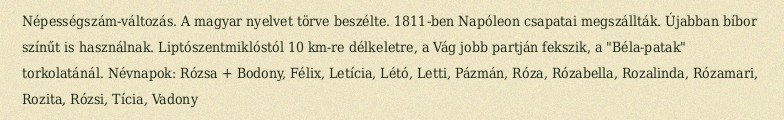
Népességszám-változás. A magyar nyelvet törve beszélte. 1811-ben Napóleon csapatai megszállták. Újabban bíbor színűt is használnak. Liptószentmiklóstól 10 km-re délkeletre, a Vág jobb partján fekszik, a "Béla-patak" torkolatánál. Névnapok: Rózsa + Bodony, Félix, Letícia, Létó, Letti, Pázmán, Róza, Rózabella, Rozalinda, Rózamari, Rozita, Rózsi, Tícia, Vadony